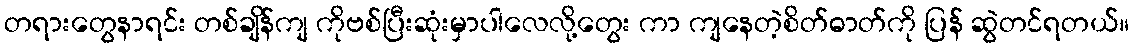
တရားတွေနာရင်း တစ်ချိန်ကျ ကိုဗစ်ပြီးဆုံးမှာပါလေလို့တွေး ကာ ကျနေတဲ့စိတ်ဓာတ်ကို ပြန် ဆွဲတင်ရတယ်။